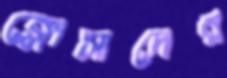
ক্লোসাদের